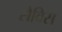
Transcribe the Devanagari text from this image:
सेविस